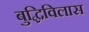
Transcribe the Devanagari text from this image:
बुद्धिविलास